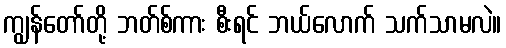
ကျွန်တော်တို့ ဘတ်စ်ကား စီးရင် ဘယ်လောက် သက်သာမလဲ။